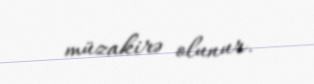
müzakirə olunur.